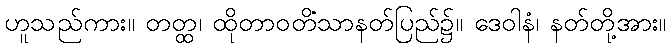
ဟူသည်ကား။ တတ္ထ၊ ထိုတာဝတိံသာနတ်ပြည်၌။ ဒေဝါနံ၊ နတ်တို့အား။